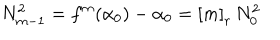
LaTeX: N _ { m - 1 } ^ { 2 } = f ^ { m } ( \alpha _ { 0 } ) - \alpha _ { 0 } = \left[ m \right] _ { r } \, N _ { 0 } ^ { 2 }